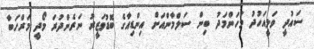
ސައުދީ ވަލީއަހުދު މުހަންމަދު ބިން ސަލްމާންއަށް އިންޑިއާގެ ބޮޑުވަޒީރު ނަރެންދުރަ މޯދީ މަރްހަބާ